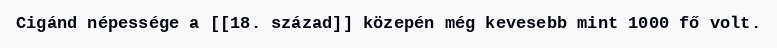
Cigánd népessége a [[18. század]] közepén még kevesebb mint 1000 fő volt.